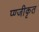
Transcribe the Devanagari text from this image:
प्ण्जीकृत